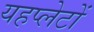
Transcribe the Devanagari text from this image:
यहप्लेटों